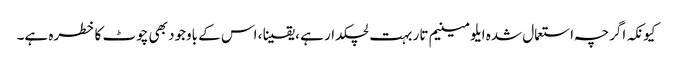
کیونکہ اگرچہ استعمال شدہ ایلومینیم تار بہت لچکدار ہے ، یقینا ، اس کے باوجود بھی چوٹ کا خطرہ ہے۔